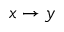
x \to y